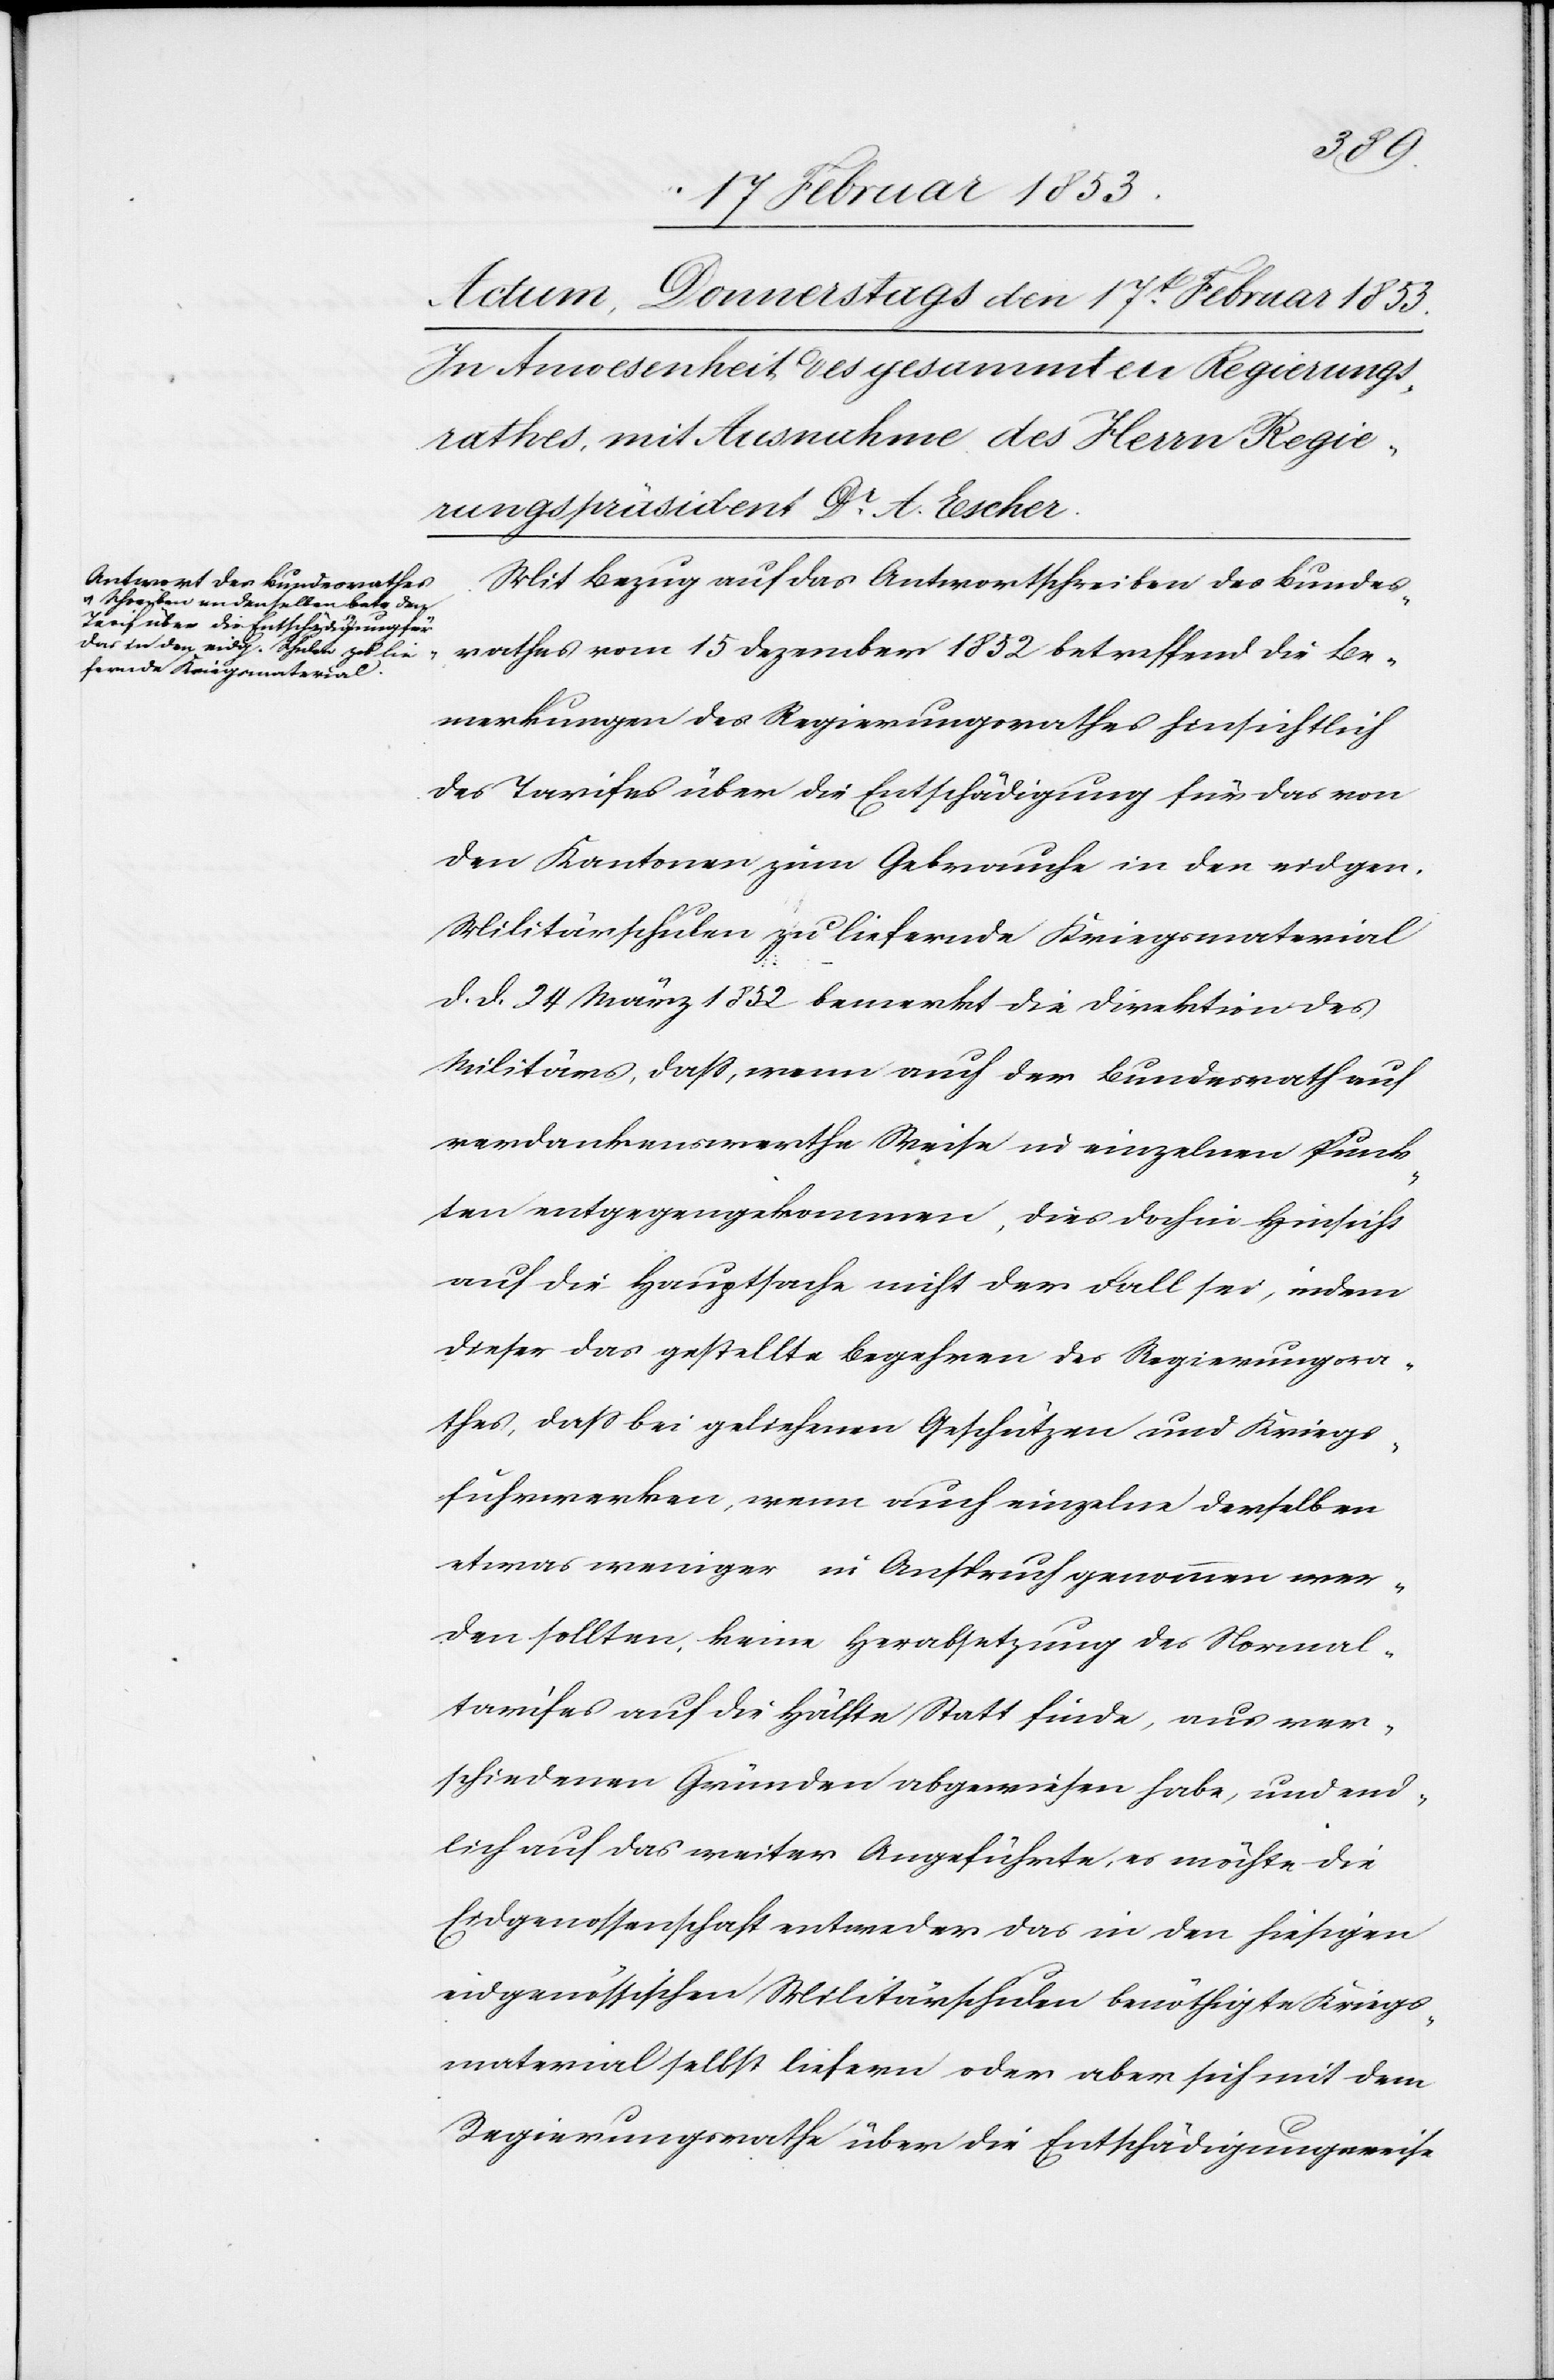
Mit Bezug auf das Antwortschreiben des Bundes¬
rathes vom 15 Dezember 1852 betreffend die Be¬
merkungen des Regierungsrathes hinsichtlich
des Tarifes über die Entschädigung für das von
den Kantonen zum Gebrauche in den eidgen.
Militärschulen zu liefernde Kriegsmaterial
d. d. 24 März 1852 bemerkt die Direktion des
Militärs, daß, wenn auch der Bundesrath auf
verdankenswerthe Weise in einzelnen Punk¬
ten entgegengekommen, dies doch in Hinsicht
auf die Hauptsache nicht der Fall sei, indem
dieser das gestellte Begehren des Regierungsra¬
thes, daß bei geliehenen Geschützen und Kriegs¬
fuhrwerken, wenn auch einzelne derselben
etwas weniger in Anspruch genommen wer¬
den sollten, keine Herabsetzung des Normal¬
tarifes auf die Hälfte Statt finde, aus ver¬
schiedenen Gründen abgewiesen habe, und end¬
lich auf das weiter Angeführte, es möchte die
Eidgenossenschaft entweder das in den hiesigen
eidgenössischen Militärschulen benöthigte Kriegs¬
material selbst liefern oder aber sich mit dem
Regierungsrathe über die Entschädigungsweise